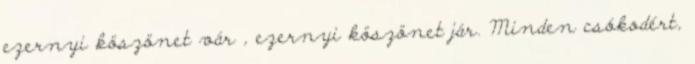
ezernyi köszönet vár , ezernyi köszönet jár. Minden csókodért,